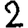
Digit: 2